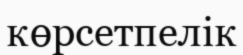
көрсетпелік